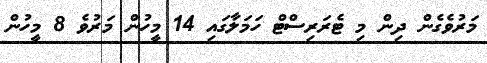
މަރުވެގެން ދިން މި ޓެރަރިސްޓް ހަމަލާގައި 14 މީހުން މަރުވެ 8 މީހުން